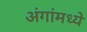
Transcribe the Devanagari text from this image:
अंगांमध्ये